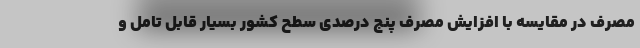
مصرف در مقایسه با افزایش مصرف پنج درصدی سطح کشور بسیار قابل تامل و